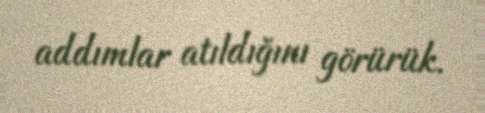
addımlar atıldığını görürük.